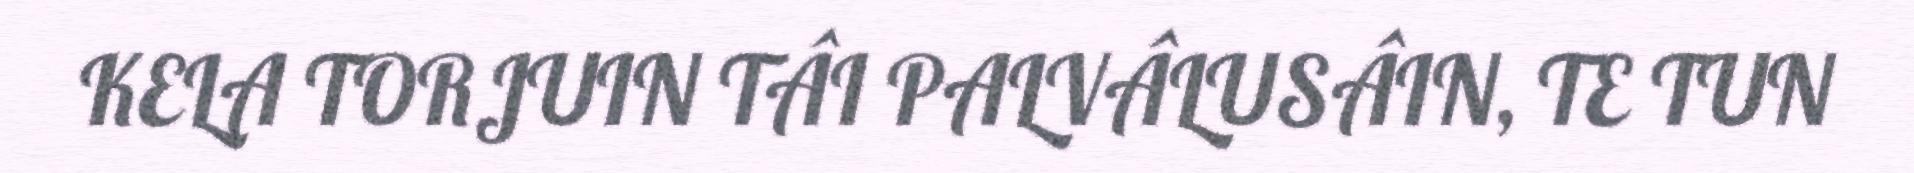
KELA TORJUIN TÂI PALVÂLUSÂIN, TE TUN